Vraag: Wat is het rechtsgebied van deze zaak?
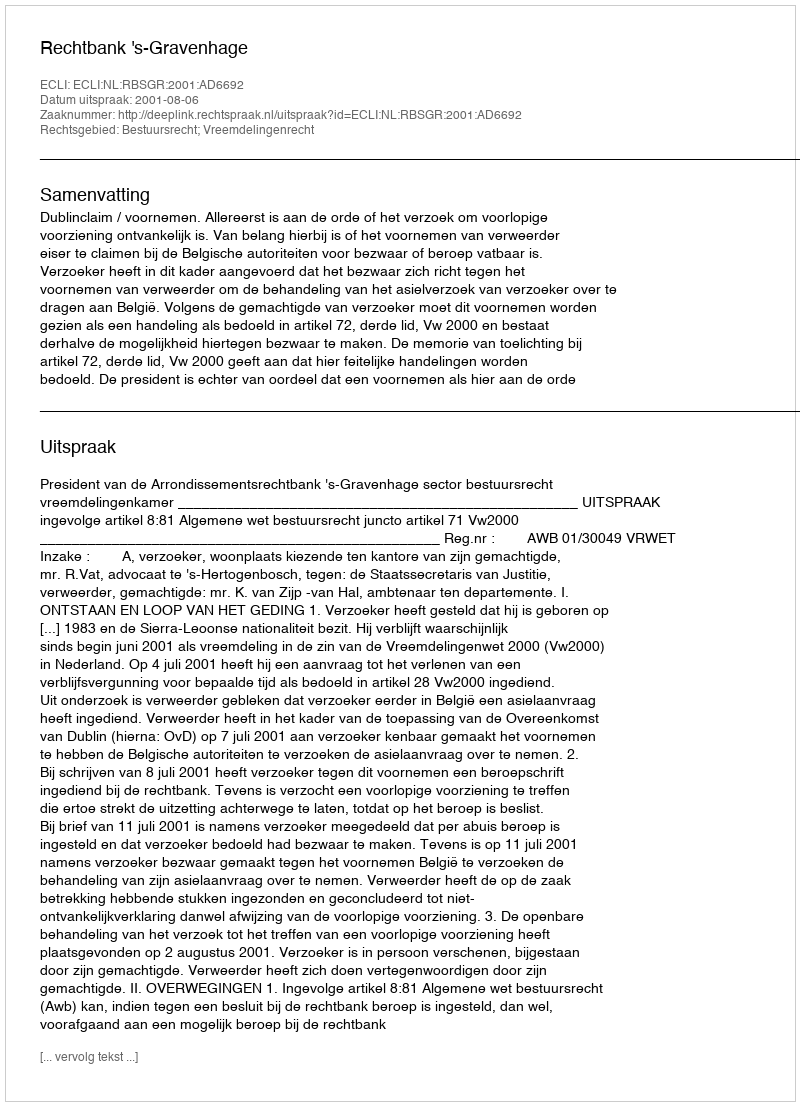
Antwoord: Bestuursrecht; Vreemdelingenrecht